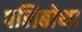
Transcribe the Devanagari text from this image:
पलिबोथा